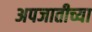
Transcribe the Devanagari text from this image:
अपजातीच्या